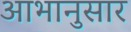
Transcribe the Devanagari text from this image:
आभानुसार